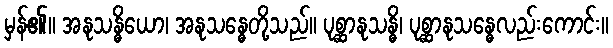
မှန်၏။ အနုသန္ဓိယော၊ အနုသန္ဓေတို့သည်။ ပုစ္ဆာနုသန္ဓိ၊ ပုစ္ဆာနုသန္ဓေလည်းကောင်း။